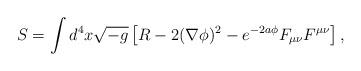
LaTeX: \begin{align*}S = \int d^4 x \sqrt{-g} \left[R - 2 (\nabla\phi)^2 - e^{-2a\phi} F_{\mu\nu}F^{\mu\nu}\right],\end{align*}